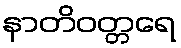
နာတိဝတ္တရေ